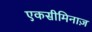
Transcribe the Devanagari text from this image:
एकसीमिनाज़